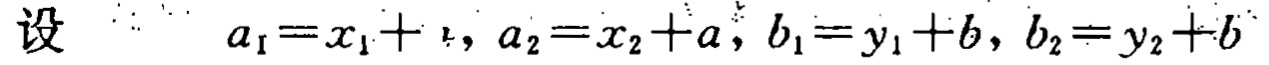
设 \(a_{1}=x_{1}+ ，a_{2}=x_{2}+a，b_{1}=y_{1}+b，b_{2}=y_{2}+b\)